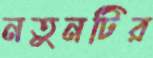
নতুনটির